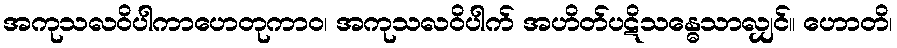
အကုသလဝိပါကာဟေတုကာဝ၊ အကုသလဝိပါက် အဟိတ်ပဋိသန္ဓေသာလျှင်။ ဟောတိ၊